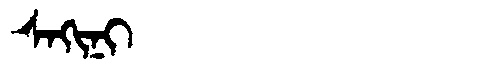
Manchu: ᠰᠠᡴᡳᠨᡳ
Romanization: SAKINI